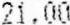
21.00